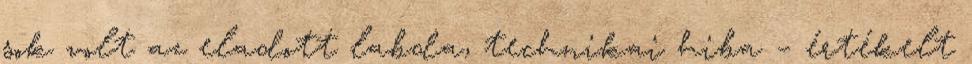
sok volt az eladott labda, technikai hiba – értékelt